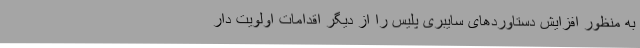
به منظور افزایش دستاوردهای سایبری پلیس را از دیگر اقدامات اولویت دار